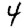
Digit: 4